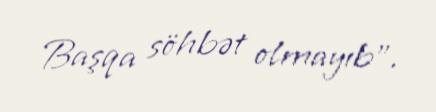
Başqa söhbət olmayıb".